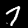
Label: 7